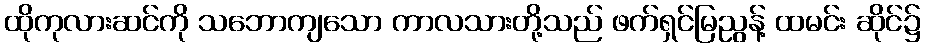
ထိုကုလားဆင်ကို သဘောကျသော ကာလသားတို့သည် ဖက်ရှင်မြညွန့် ထမင်း ဆိုင်၌